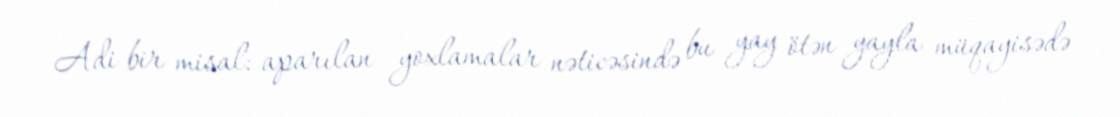
Adi bir misal: aparılan yoxlamalar nəticəsində bu yay ötən yayla müqayisədə